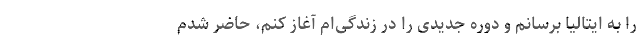
را به ایتالیا برسانم و دوره جدیدی را در زندگی‌ام آغاز کنم، حاضر شدم